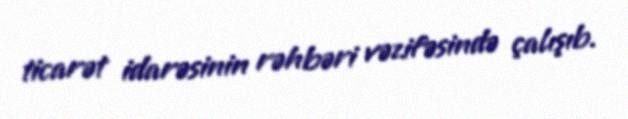
ticarət idarəsinin rəhbəri vəzifəsində çalışıb.